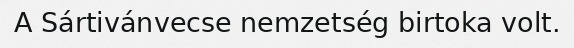
A Sártivánvecse nemzetség birtoka volt.